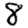
Digit: 8